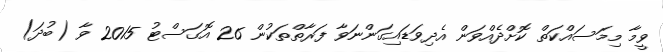
ވީމާ މިމަސައްކަތް ކޮށްދެއްވަން އެދިވަޑައިގަންނަވާ ފަރާތްތަކުން 26 އޮގަސްޓު 2015 ވާ (ބުދަ)